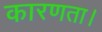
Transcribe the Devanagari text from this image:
कारणता।